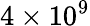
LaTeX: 4\times 10^{9}